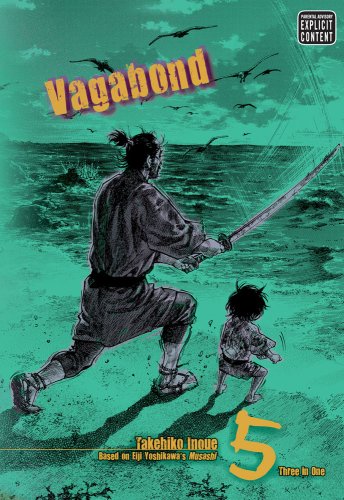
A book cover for Vagabond, Vol. 5 (VIZBIG Edition); Takehiko Inoue; Comics & Graphic Novels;